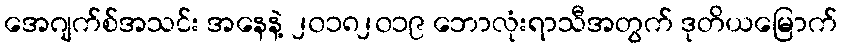
အေဂျက်စ်အသင်း အနေနဲ့ ၂၀၁၈၂၀၁၉ ဘောလုံးရာသီအတွက် ဒုတိယမြောက်